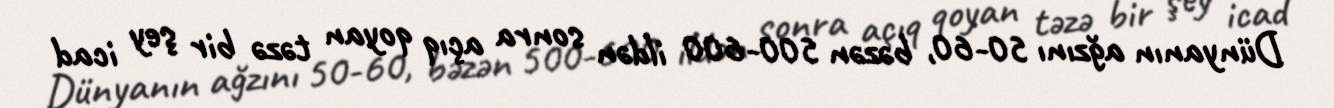
Dünyanın ağzını 50-60, bəzən 500-600 ildən sonra açıq qoyan təzə bir şey icad